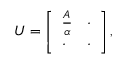
U = \left[ \begin{array} { l l } { \frac { A } { \alpha } } & { \cdot } \\ { \cdot } & { \cdot } \end{array} \right] ,